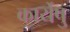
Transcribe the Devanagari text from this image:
कार्येषु